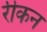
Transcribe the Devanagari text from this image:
रीकन